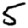
Digit: 5